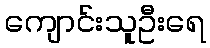
ကျောင်းသူဦးရေ